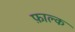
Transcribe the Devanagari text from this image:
फ़ाल्क